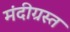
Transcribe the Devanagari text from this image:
मंदीग्रस्त